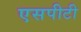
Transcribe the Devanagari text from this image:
एसपीटी